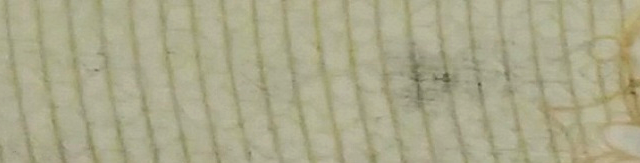
Open 24 Hours